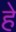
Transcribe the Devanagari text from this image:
हे